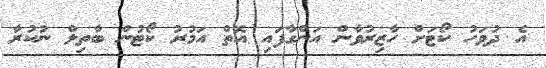
އެ ދުވަހު ކޯޓަށް ހާޒިރުވާން އަންގާފައި އޮތް އަމުރު ކޯޓުން ބާތިލް ނުކުރާ